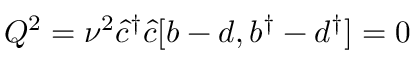
Q ^ { 2 } = { \nu } ^ { 2 } \hat { c } ^ { \dagger } \hat { c } [ b - d , b ^ { \dagger } - d ^ { \dagger } ] = 0